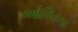
ઓવિડના